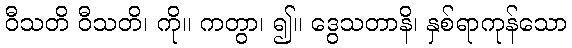
ဝီသတိ ဝီသတိ၊ ကို။ ကတွာ၊ ၍။ ဒွေသတာနိ၊ နှစ်ရာကုန်သော